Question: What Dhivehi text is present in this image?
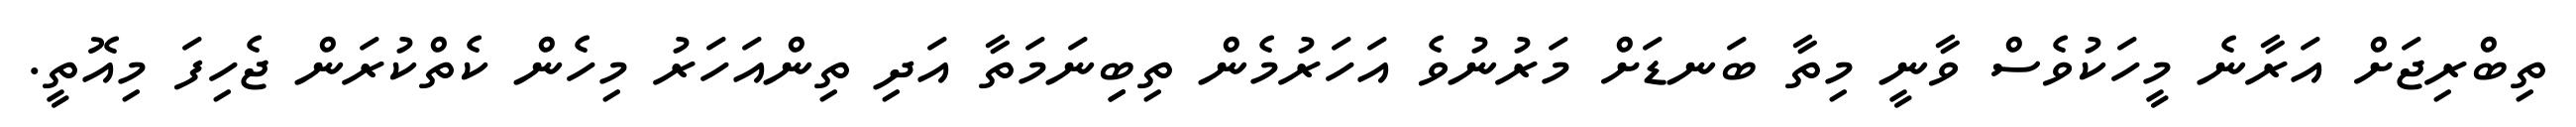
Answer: ތިބްރިޖަށް އަރާނެ މީހަކުވެސް ވާނީ މިތާ ބަނޑަށް މަރުނުވެ އަހަރުމެން ތިބިިނަމަތާ އަދި ތިންއަހަރު މިހެން ކެތްކުރަން ޖެހިފަ މިއޮތީ.